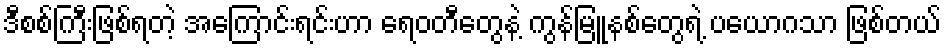
ဒီစစ်ကြီးဖြစ်ရတဲ့ အကြောင်းရင်းဟာ ရေဝတီတွေနဲ့ ကွန်မြူနစ်တွေရဲ့ ပယောဂသာ ဖြစ်တယ်